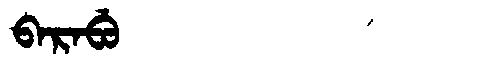
Manchu: ᠪᠠᡵᠠᠪᡠ
Romanization: BARABU